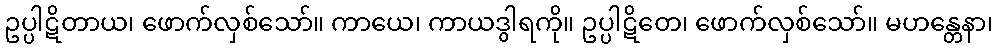
ဥပ္ပါဋိတာယ၊ ဖောက်လှစ်သော်။ ကာယေ၊ ကာယဒွါရကို။ ဥပ္ပါဋိတေ၊ ဖောက်လှစ်သော်။ မဟန္တေနာ၊